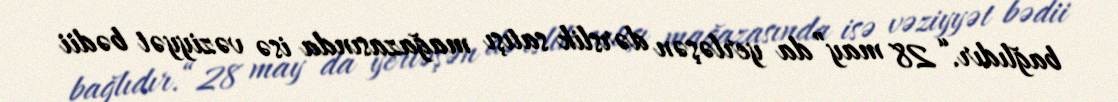
bağlıdır.“28 may”da yerləşən dərslik satışı mağazasında isə vəziyyət bədii